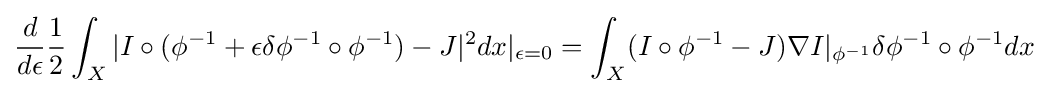
{\frac {d}{d\epsilon }}{\frac {1}{2}}\int _{X}|I\circ (\phi ^{-1}+\epsilon \delta \phi ^{-1}\circ \phi ^{-1})-J|^{2}dx|_{\epsilon =0}=\int _{X}(I\circ \phi ^{-1}-J)\nabla I|_{\phi ^{-1}}\delta \phi ^{-1}\circ \phi ^{-1}dx